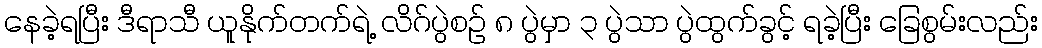
နေခဲ့ရပြီး ဒီရာသီ ယူနိုက်တက်ရဲ့ လိဂ်ပွဲစဉ် ၈ ပွဲမှာ ၃ ပွဲသာ ပွဲထွက်ခွင့် ရခဲ့ပြီး ခြေစွမ်းလည်း